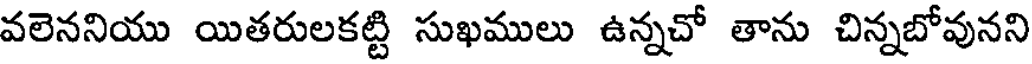
వలెననియు యితరులకట్టి సుఖములు ఉన్నచో తాను చిన్నబోవునని